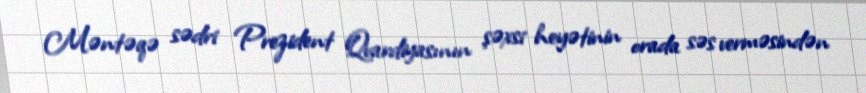
Məntəqə sədri Prezident Qvardiyasının şəxsi heyətinin orada səs verməsindən